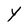
Character: Y